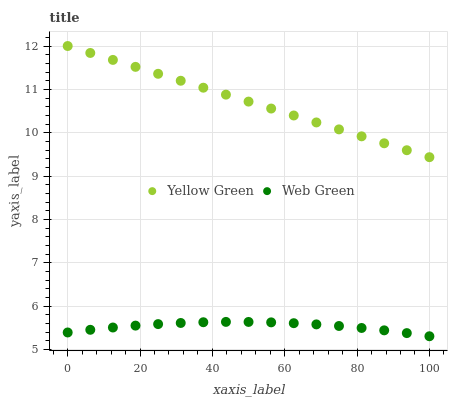
| xaxis_label | Yellow Green | Web Green |
 | --- | --- | --- |
 | 0 | 12 | 5.39 |
 | 6.25 | 11.8 | 5.45 |
 | 12.5 | 11.7 | 5.5 |
 | 18.8 | 11.5 | 5.55 |
 | 25 | 11.4 | 5.58 |
 | 31.2 | 11.2 | 5.61 |
 | 37.5 | 11 | 5.63 |
 | 43.8 | 10.9 | 5.63 |
 | 50 | 10.7 | 5.63 |
 | 56.2 | 10.6 | 5.62 |
 | 62.5 | 10.4 | 5.6 |
 | 68.8 | 10.2 | 5.58 |
 | 75 | 10.1 | 5.54 |
 | 81.2 | 9.92 | 5.49 |
 | 87.5 | 9.76 | 5.44 |
 | 93.8 | 9.6 | 5.38 |
 | 100 | 9.43 | 5.3 |